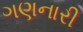
ગણનારી